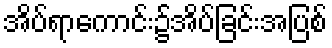
အိပ်ရာကောင်း၌အိပ်ခြင်းအပြစ်